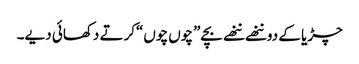
چڑیا کے دو ننھے ننھے بچے”چوں چوں“کرتے دکھائی دیے۔